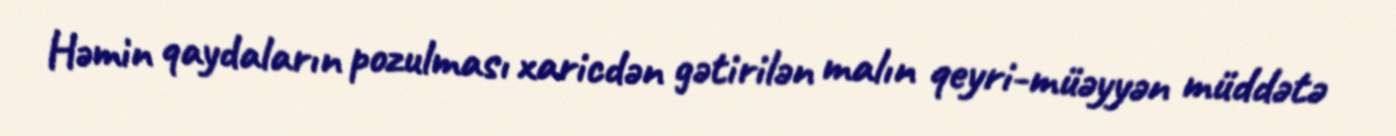
Həmin qaydaların pozulması xaricdən gətirilən malın qeyri-müəyyən müddətə